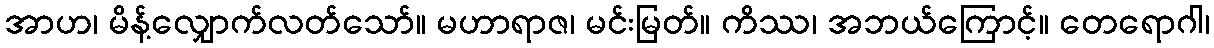
အာဟ၊ မိန့်လျှောက်လတ်သော်။ မဟာရာဇ၊ မင်းမြတ်။ ကိဿ၊ အဘယ်ကြောင့်။ တေရောဂါ၊